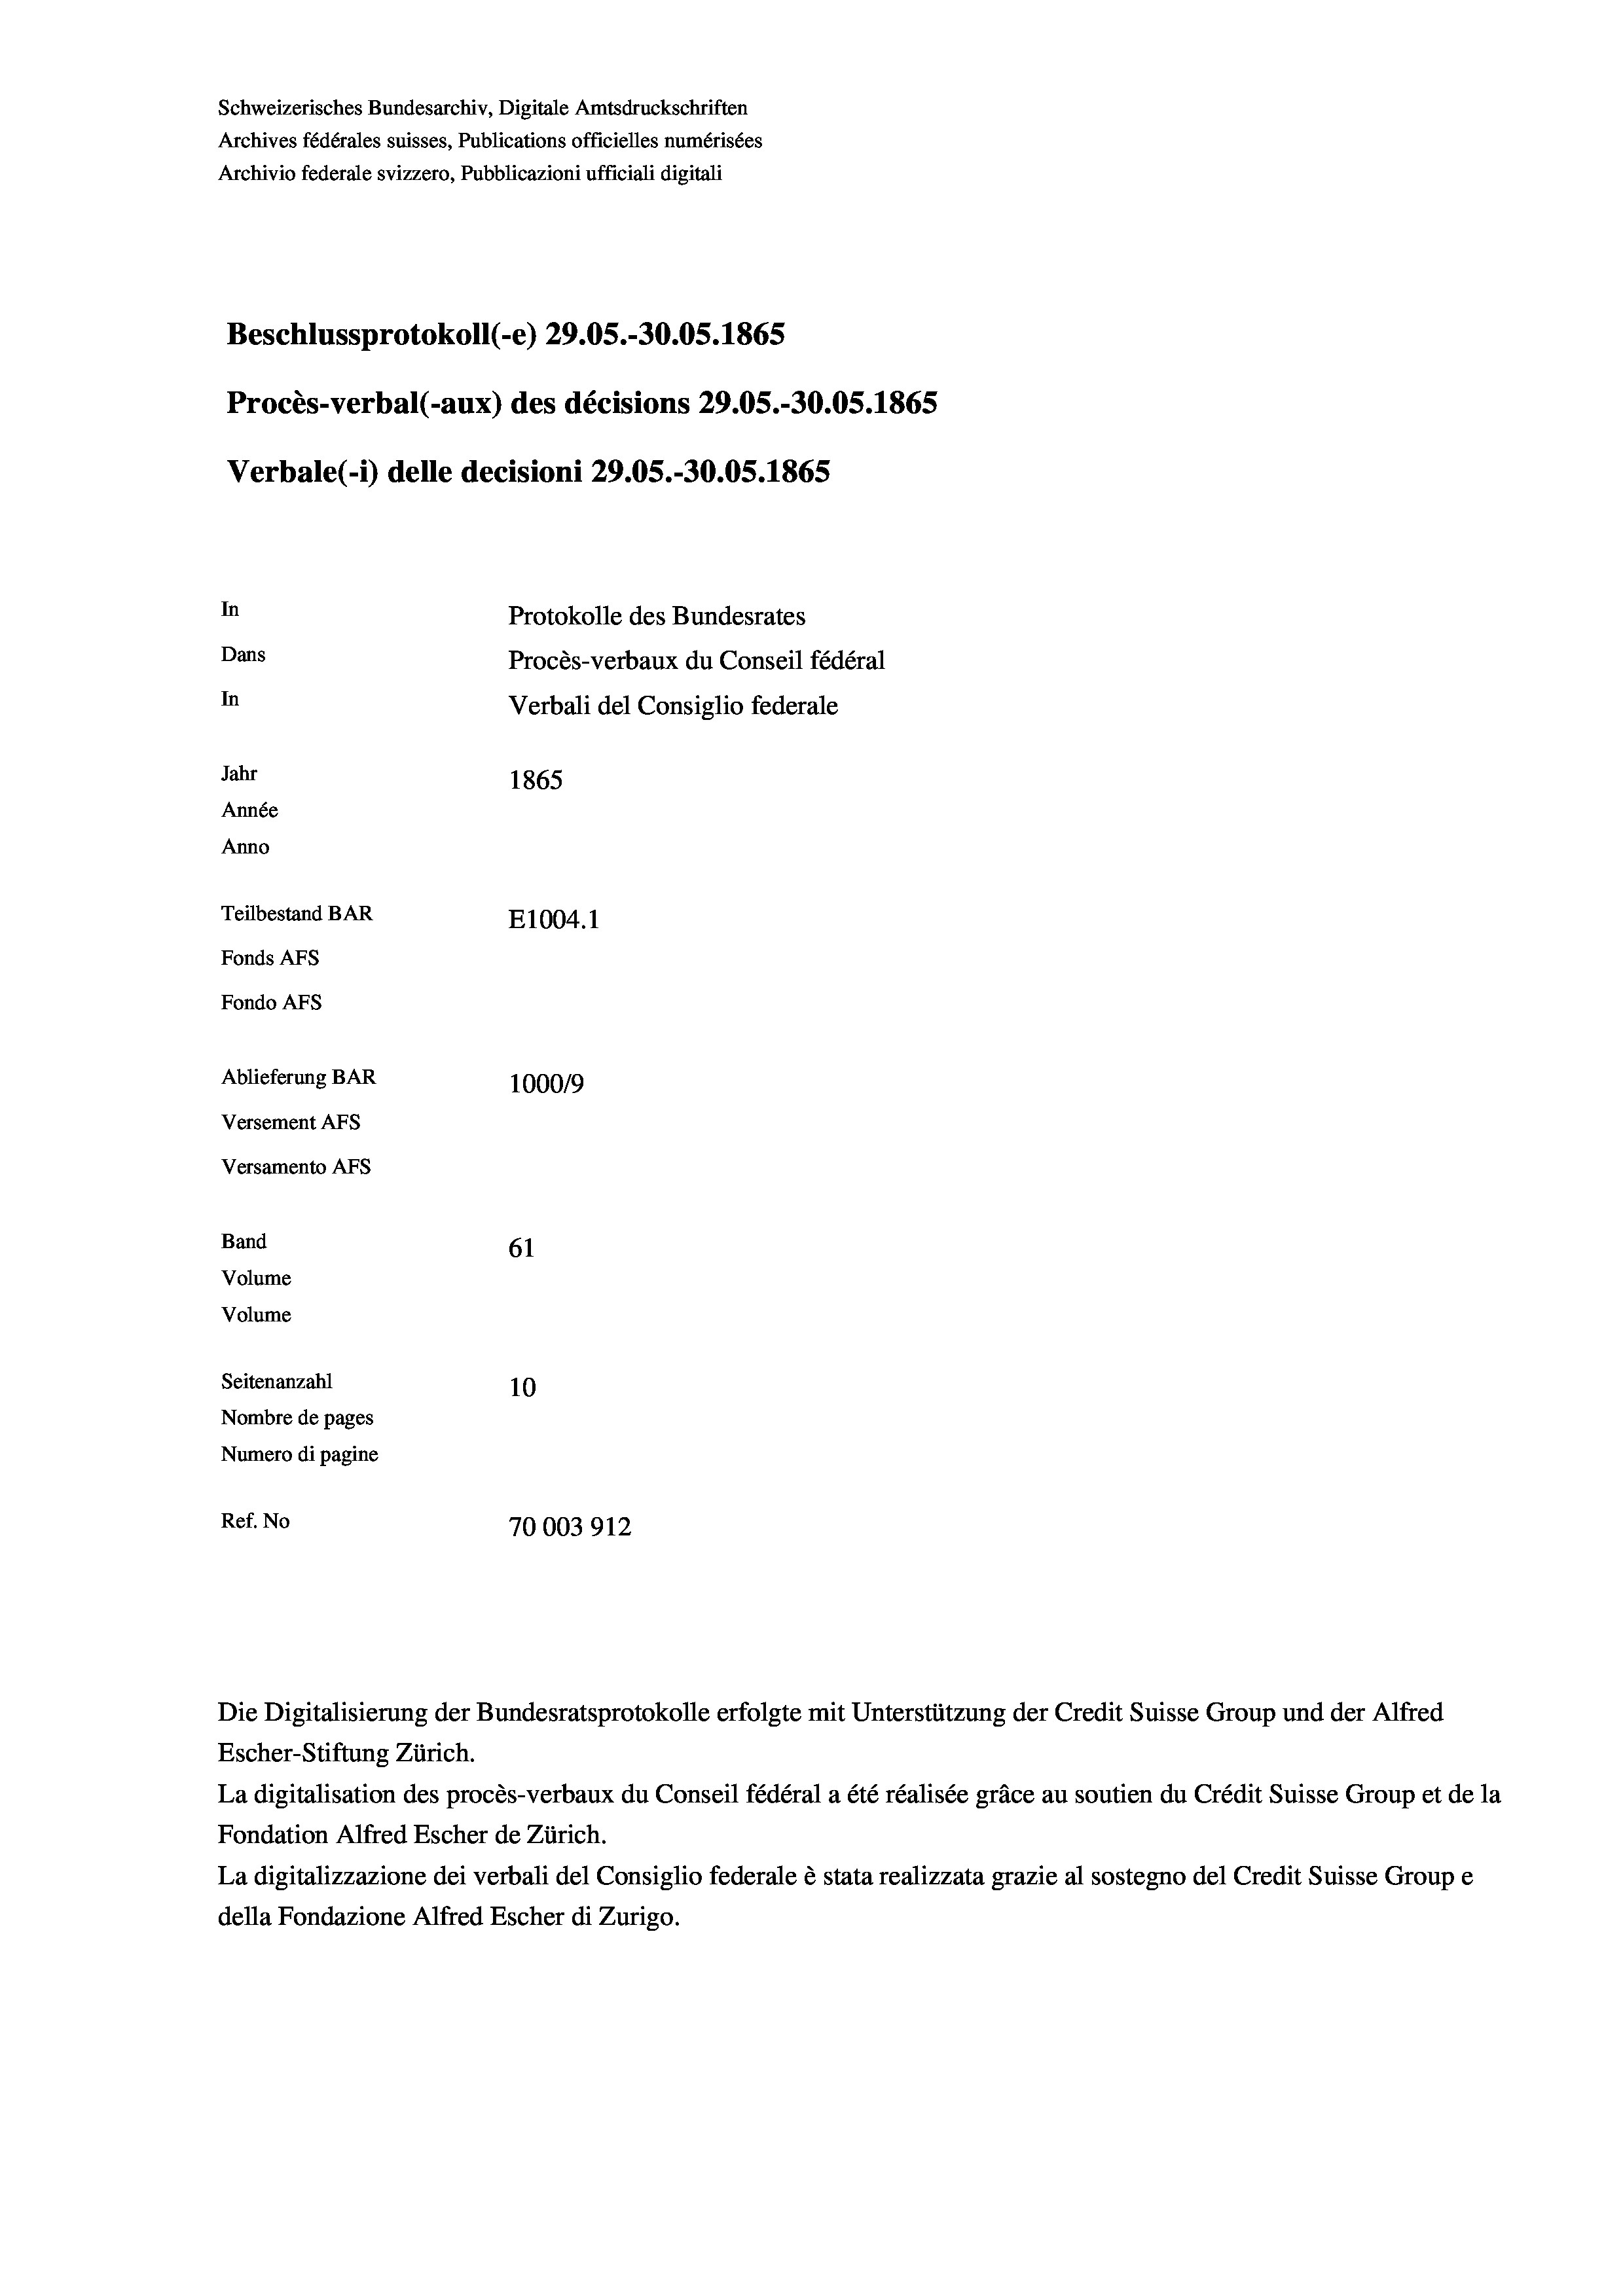
Schweizerisches Bundesarchiv, Digitale Amtsdruckschriften
Archives fédérales suisses, Publications officielles numérisées
Archivio federale svizzero, Pubblicazioni ufficiali digitali
Beschlussprotokoll (-e) 29.05.-30.05. 1865
Procès-verbal (-aux) des décisions 29.05.-30.05. 1865
Verbale (- 1) delle decisioni 29.05.-30.05. 1865
In
Protokolle des Bundesrates
Dans
Procès-verbaux du Conseil fédéral
In
Verbali del Consiglio federale
Jahr
1865
Année
Anno
Teilbestand BAR
E1004.1
Fonds AFs
Fondo Afs
Ablieferung BAR
100019
Versement AFs
Versamento Afs
Band
61
Volume
Volume

Seitenanzahl
10
Nombre de pages
Numero di pagine
Ref. No
70003912

Escher-Stiftung Zürich.
La digitalisation des procès-verbaux du Conseil fédéral a été réalisée gräce au soutien du Crédit Suisse Group et de la
Fondation Alfred Escher de Zürich.
La digitalizzazione dei verbali del Consiglio federale è stata realizzata grazie al sostegno del Credit Suisse Groupe
della Fondazione Alfred Escher di Zurigo.

Die Digitalisierung der Bundesratsprotokolle erfolgte mit Unterstützung der Credit Suisse Group und der Alfred